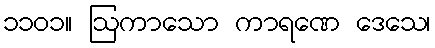
၁၁၀၁။ ဩကာသော ကာရဏေ ဒေသေ၊